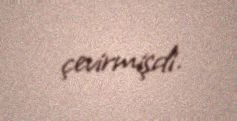
çevirmişdi.